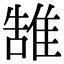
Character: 䧼